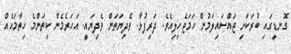
ގޮނޑީގައި ބުރަކަށި ޖައްސައިލަމުން ހަމަޖެހިލިއެވެ. ދަރިފުޅާ. ވެދިޔަތަން ވެދިޔައީ. އަހަރެމެން ކިތަންމެ ހިތާމައެއް